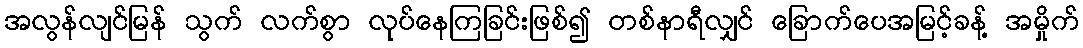
အလွန်လျင်မြန် သွက် လက်စွာ လုပ်နေကြခြင်းဖြစ်၍ တစ်နာရီလျှင် ခြောက်ပေအမြင့်ခန့် အမှိုက်